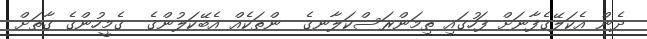
ދެން އެކަލޭގެފާނަށް ފަހުގައި ތިމަންރަސްކަލާނގެ  ންތަކެއް އެބޭކަލުންގެ  ގެމީހުންގެ ގާތަށް